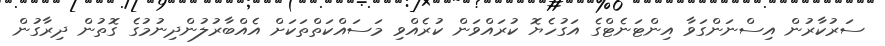
ސަރުކާރުން އިސްނަންގަވާ އިންޓަނެޓްގެ އަގުހެޔޮ ކުރައްވަން ކުރެއްވި މަސައްކަތްތަކަށް އެއްބާރުލުންދިނުމުގެ ގޮތުން ދިރާގުން